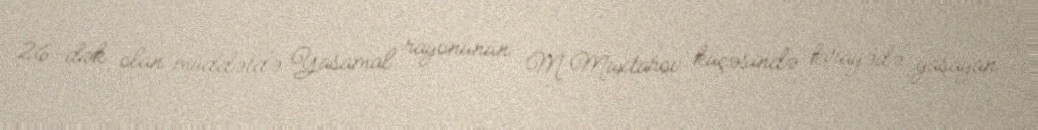
26-dək olan müddətdə Yasamal rayonunun M.Muxtarov küçəsində kirayədə yaşayan